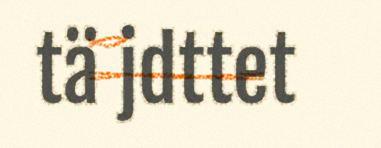
tä jdttet